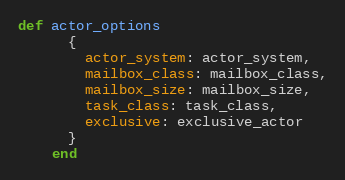
Language: Ruby
def actor_options
      {
        actor_system: actor_system,
        mailbox_class: mailbox_class,
        mailbox_size: mailbox_size,
        task_class: task_class,
        exclusive: exclusive_actor
      }
    end